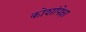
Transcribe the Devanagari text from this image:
कोशांपेक्षा